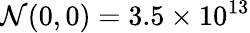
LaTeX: \mathcal{N}(0,0)=3.5\times10^{13}